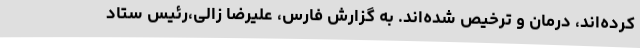
کرده‌اند، درمان و ترخیص شده‌اند. به گزارش فارس، علیرضا زالی،رئیس ستاد